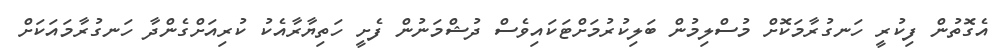
އެގޮތުން ފިކުރީ ހަނގުރާމަކޮށް މުސްލިމުން ބަލިކުރުމަށްޓަކައިވެސް ދުޝްމަނުން ފެށީ ހަތިޔާރާއެކު ކުރިއަށްގެންދާ ހަނގުރާމައަކަށް